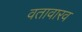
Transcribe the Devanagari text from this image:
वतावारव